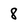
Character: 8